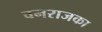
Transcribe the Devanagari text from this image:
वनराजका